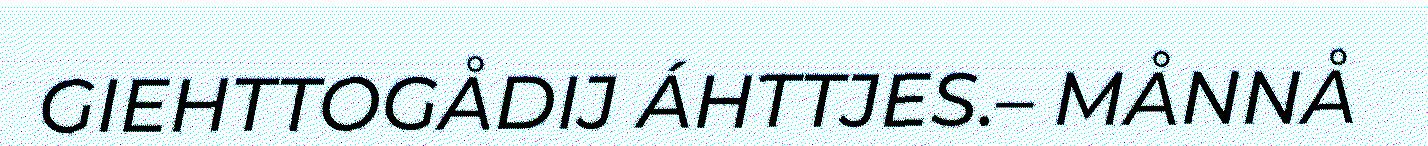
GIEHTTOGÅDIJ ÁHTTJES.– MÅNNÅ